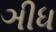
ઞીધ